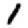
Digit: 1